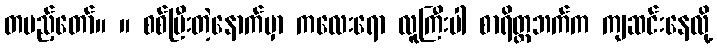
တပည့်တော်။ ။ စစ်ပြီးတဲ့နောက်မှာ ကလေးရော လူကြီးပါ စာရိတ္တဘက်က ကျဆင်းနေလို့